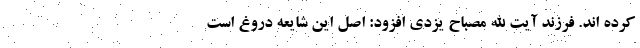
کرده اند. فرزند آیت الله مصباح یزدی افزود: اصل این شایعه دروغ است